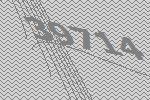
39714